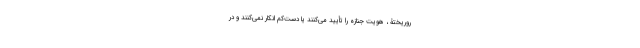
روریختۀ ، هویت جنازه را تأیید می‌کنند یا دست‌کم انکار نمی‌کنند و در